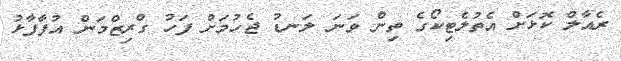
ރެއާލް ކޮޅަށް އެތުލެޓިކޯގެ ތިން ވަނަ ލަނޑު ޖެހުމަށް ފަހު ގްރިޒްމަން އުފާފާޅު